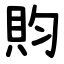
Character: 䝧